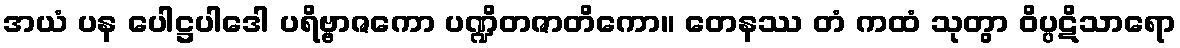
အယံ ပန ပေါဋ္ဌပါဒေါ ပရိဗ္ဗာဇကော ပဏ္ဍိတဇာတိကော။ တေနဿ တံ ကထံ သုတွာ ဝိပ္ပဋိသာရော